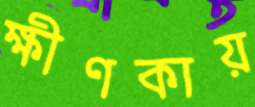
ক্ষীণকায়